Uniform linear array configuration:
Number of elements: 12
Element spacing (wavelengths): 0.5
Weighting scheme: uniform
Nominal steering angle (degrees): -45
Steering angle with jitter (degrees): -45.043
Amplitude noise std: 0.05
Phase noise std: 0.05

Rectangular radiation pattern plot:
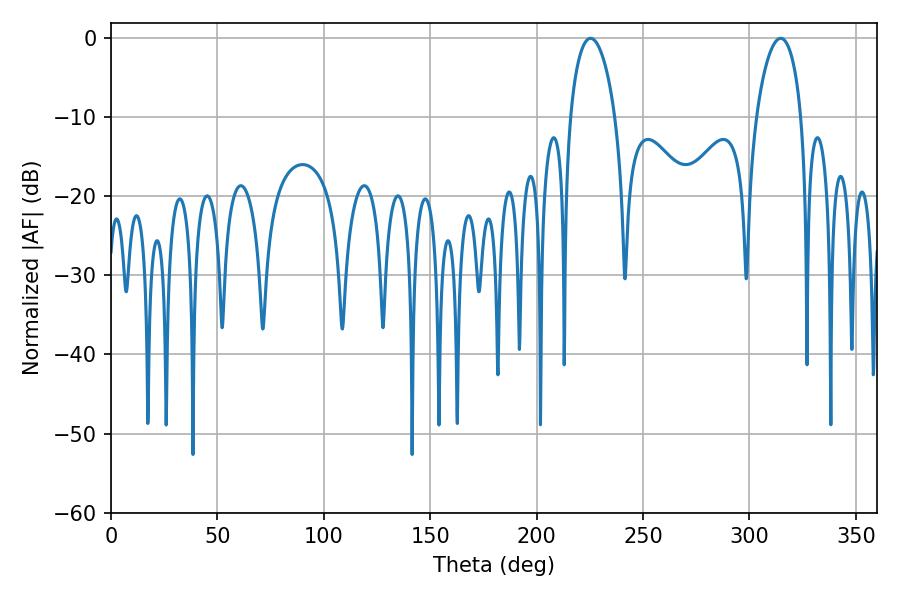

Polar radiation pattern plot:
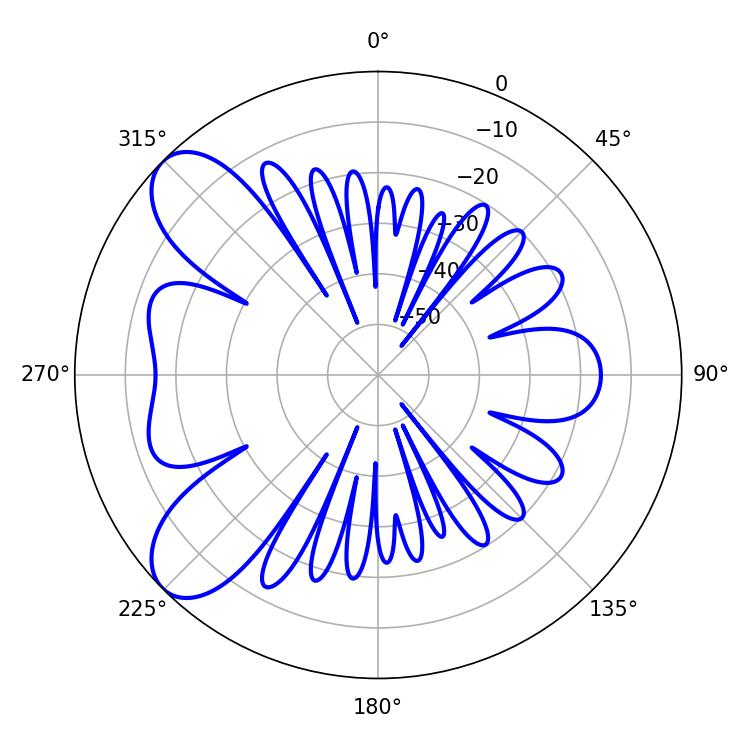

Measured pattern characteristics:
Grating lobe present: FALSE
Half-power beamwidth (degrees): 12.06
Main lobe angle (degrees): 225.36